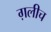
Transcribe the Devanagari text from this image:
ग़लीच